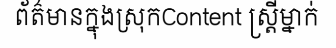
ព័ត៌មានក្នុងស្រុកContent ស្ត្រីម្នាក់